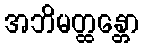
အဘိမတ္ထန္တော